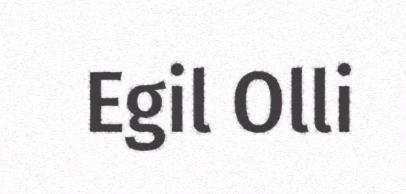
Egil Olli